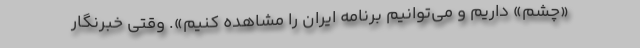
«چشم» داریم و می‌توانیم برنامه ایران را مشاهده کنیم». وقتی خبرنگار